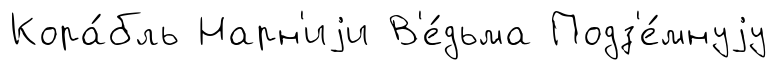
Кора́бль Нарн'иjи В'е́дьма Подз'е́мнуjу